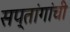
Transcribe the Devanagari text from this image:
सप्तांगांची